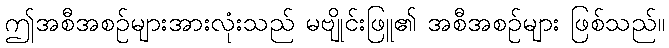
ဤအစီအစဉ်များအားလုံးသည် မဗျိုင်းဖြူ၏ အစီအစဉ်များ ဖြစ်သည်။